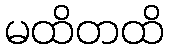
မထိတထိ